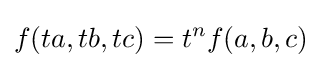
f(ta,tb,tc)=t^{n}f(a,b,c)